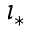
\imath _ { * }